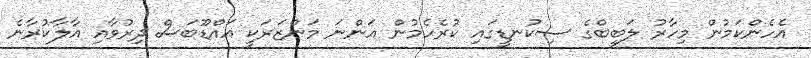
އެހެންކަމުން މިހާރު ލަބީބްގެ ސިކުނޑީގައި ކުރެހެމުން އަންނަ މަންޒަރަކީ އައްޑޫބަސް ދިރުވާއި އާލާކުރާނެ